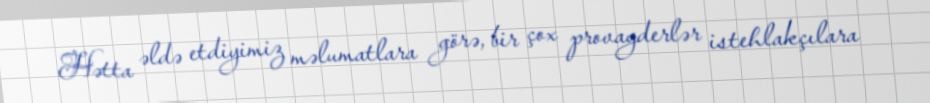
Hətta əldə etdiyimiz məlumatlara görə, bir çox provayderlər istehlakçılara